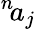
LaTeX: ^n\! a_{j}